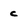
Character: c